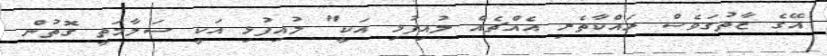
އޭގެ ޒާތުގަވެސް ރައްކާތެރި އެއްޗެއް ލުއިފުޅި އަކީ" ލުއިފުޅި އަކީ ސަލާމަތީ ގޮތުން